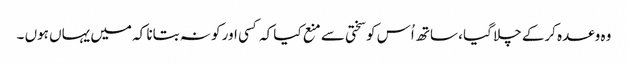
وہ وعدہ کرکے چلا گیا ، ساتھ اُس کو سختی سے منع کیا کہ کسی اور کو نہ بتانا کہ میں یہاں ہوں ۔